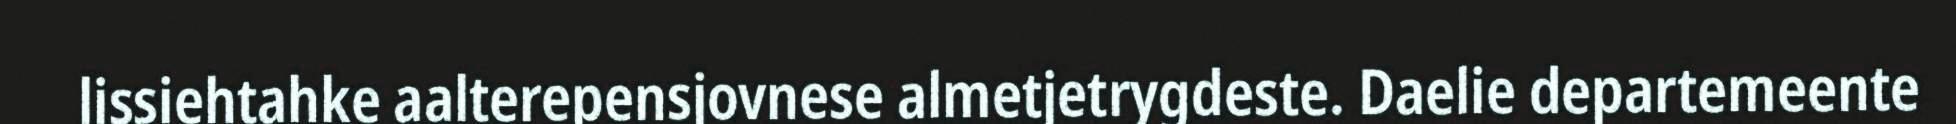
lissiehtahke aalterepensjovnese almetjetrygdeste. Daelie departemeente